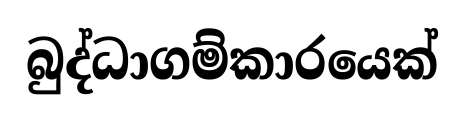
බුද්ධාගම්කාරයෙක්